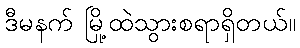
ဒီမနက် မြို့ထဲသွားစရာရှိတယ်။